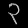
Digit: ၃